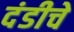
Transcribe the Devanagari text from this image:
दंडीचे